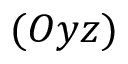
( O y z )